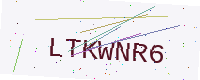
Text: LTKWNR6